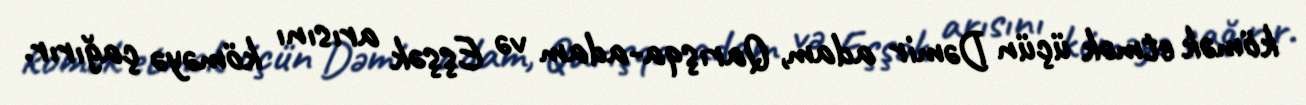
kömək etmək üçün Dəmir adam, Qarışqa-adam və Eşşək arısını köməyə çağırır.